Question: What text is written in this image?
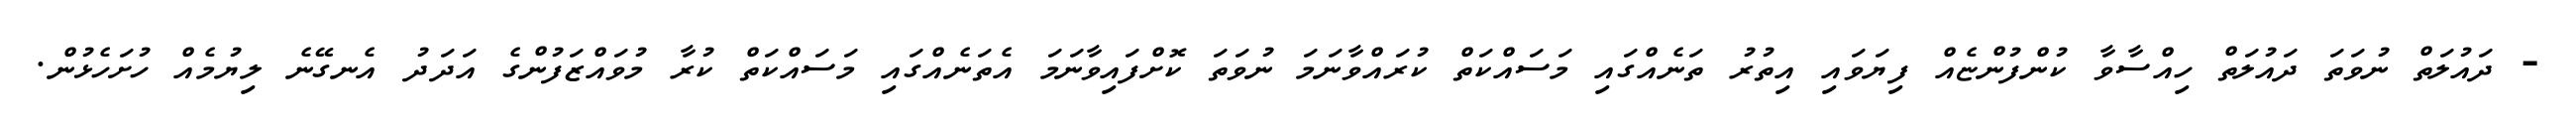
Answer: - ދައުލަތް ނުވަތަ ދައުލަތް ހިއްސާވާ ކުންފުންޏެއް ފިޔަވައި އިތުރު ތަނެއްގައި މަސައްކަތް ކުރައްވާނަމަ ނުވަތަ ކޮށްފައިވާނަމަ އެތަނެއްގައި މަސައްކަތް ކުރާ މުވައްޒަފުންގެ އަދަދު އެނގޭނެ ލިޔުމެއް ހުށަހެޅުން.